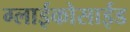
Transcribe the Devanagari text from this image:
ग्लाईकोसाईड